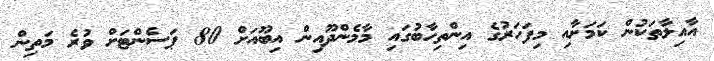
އާއިލާތަކުން ކަމަށާއި މިފަހަރުގެ އިންތިހާބުގައި މާމެންދޫއިން އިބޫއަށް 80 ޕަސެންޓަށް ވުރެ މަތިން